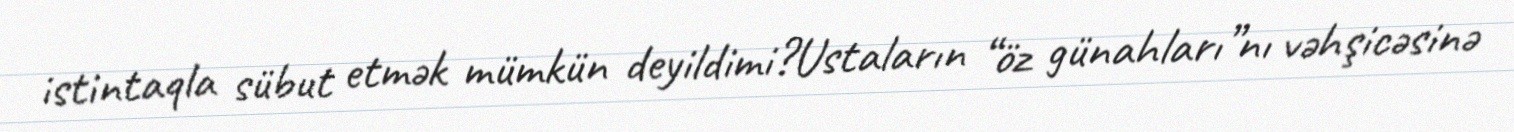
istintaqla sübut etmək mümkün deyildimi?Ustaların “öz günahları”nı vəhşicəsinə